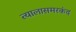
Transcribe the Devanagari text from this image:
त्यालासमरकंद